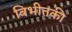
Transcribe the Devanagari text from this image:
बिभीतकी